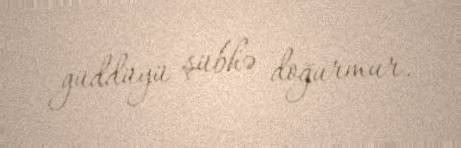
güddüyü şübhə doğurmur.